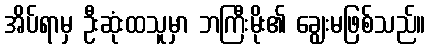
အိပ်ရာမှ ဦးဆုံးထသူမှာ ဘကြီးမိုး၏ ချွေးမဖြစ်သည်။